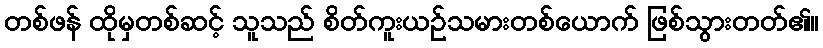
တစ်ဖန် ထိုမှတစ်ဆင့် သူသည် စိတ်ကူးယဉ်သမားတစ်ယောက် ဖြစ်သွားတတ်၏။